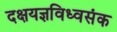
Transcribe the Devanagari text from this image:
दक्षयज्ञविध्वसंक